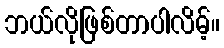
ဘယ်လိုဖြစ်တာပါလိမ့်။